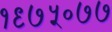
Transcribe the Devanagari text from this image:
१९७५०७७